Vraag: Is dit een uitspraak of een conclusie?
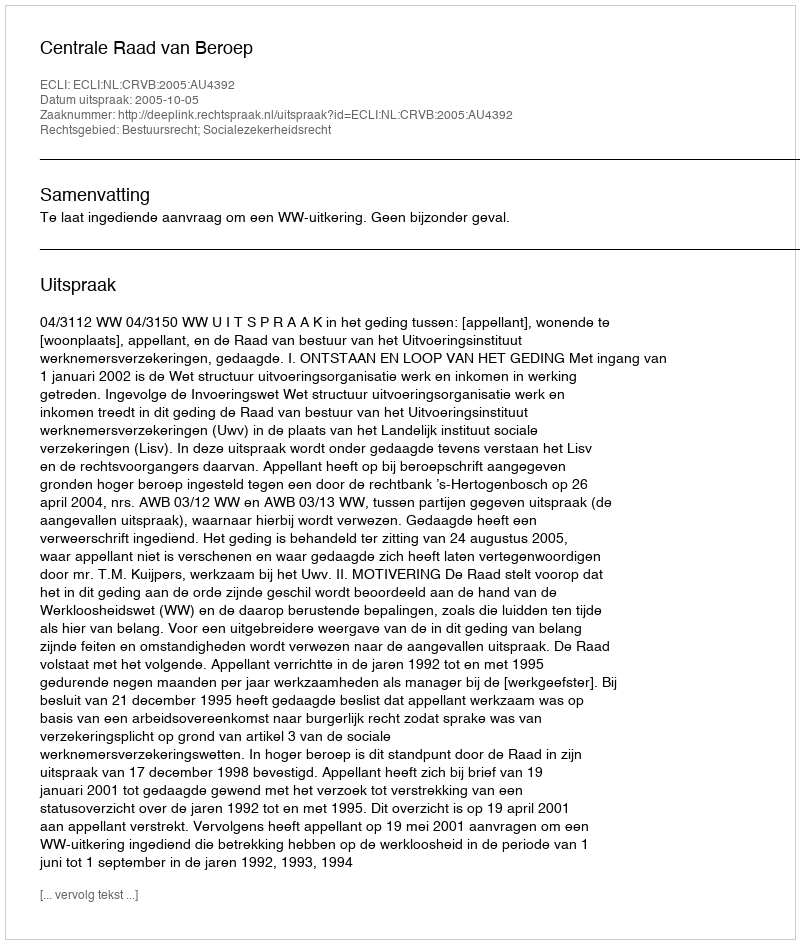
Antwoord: Uitspraak